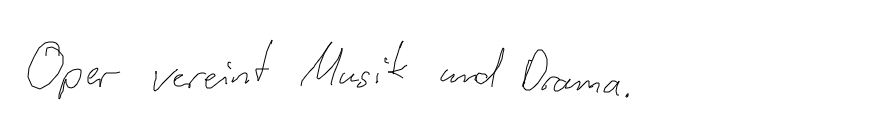
Oper vereint Musik und Drama.